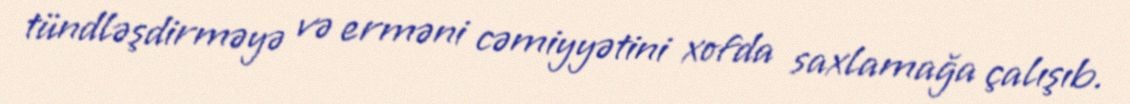
tündləşdirməyə və erməni cəmiyyətini xofda saxlamağa çalışıb.